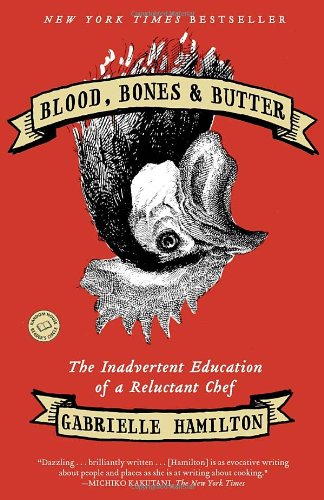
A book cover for Blood, Bones & Butter: The Inadvertent Education of a Reluctant Chef; Gabrielle Hamilton; Cookbooks, Food & Wine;